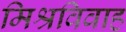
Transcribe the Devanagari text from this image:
मिश्रविवाह